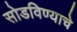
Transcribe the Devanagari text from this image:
सोडविण्‍याचे